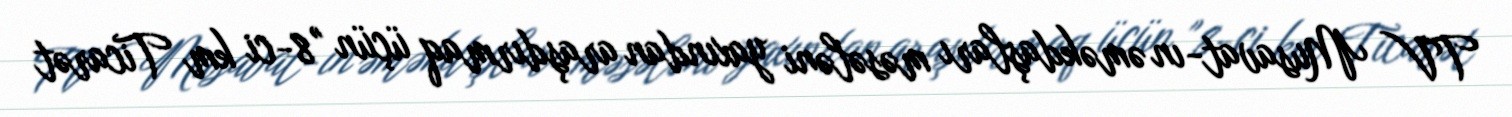
TV Musavat-ın əməkdaşları məsələni yaxından araşdırmaq üçün "8-ci km Ticarət